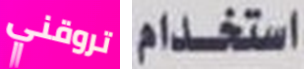
تروقني استخدام